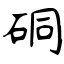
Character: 硐